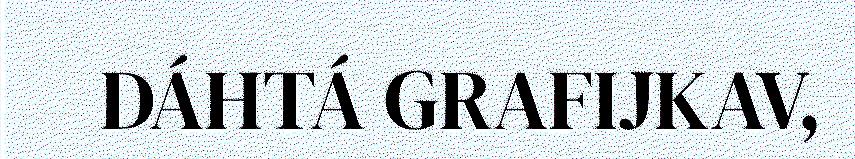
DÁHTÁ GRAFIJKAV,